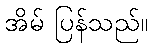
အိမ် ပြန်သည်။